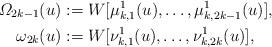
LaTeX: \begin{align*} \varOmega_{2k-1}(u):={}&W[\mu^1_{k,1}(u),\dots,\mu^1_{k,2k-1}(u)],\\\omega_{2k}(u):={}&W[\nu^1_{k,1}(u),\dots,\nu^1_{k,2k}(u)],\end{align*}